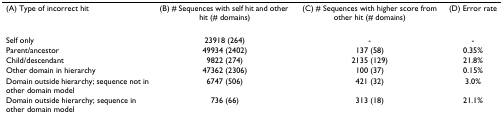
<table><thead><tr><td><b>(A) Type of incorrect hit</b></td><td><b>(B) # Sequences with self hit and other hit (# domains)</b></td><td><b>(C) # Sequences with higher score from other hit (# domains)</b></td><td><b>(D) Error rate</b></td></tr></thead><tbody><tr><td>Self only</td><td>23918 (264)</td><td>-</td><td>-</td></tr><tr><td>Parent/ancestor</td><td>49934 (2402)</td><td>137 (58)</td><td>0.35%</td></tr><tr><td>Child/descendant</td><td>9822 (274)</td><td>2135 (129)</td><td>21.8%</td></tr><tr><td>Other domain in hierarchy</td><td>47362 (2306)</td><td>100 (37)</td><td>0.15%</td></tr><tr><td>Domain outside hierarchy; sequence not in other domain model</td><td>6747 (506)</td><td>421 (32)</td><td>3.0%</td></tr><tr><td>Domain outside hierarchy; sequence in other domain model</td><td>736 (66)</td><td>313 (18)</td><td>21.1%</td></tr></tbody></table>